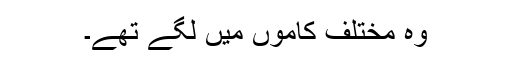
وہ مختلف کاموں میں لگے تھے۔